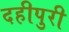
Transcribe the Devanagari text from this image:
दहीपुरी